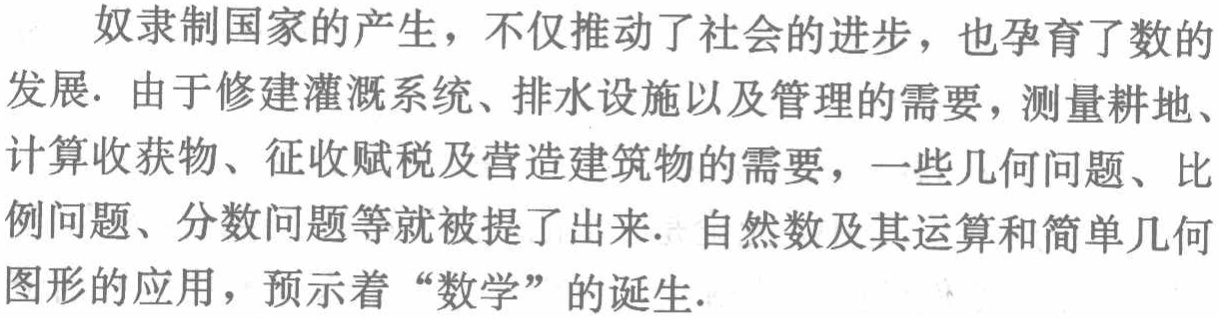
奴隶制国家的产生，不仅推动了社会的进步，也孕育了数的发展. 由于修建灌溉系统、排水设施以及管理的需要，测量耕地、计算收获物、征收赋税及营造建筑物的需要，一些几何问题、比例问题、分数问题等就被提了出来. 自然数及其运算和简单几何图形的应用，预示着“数学”的诞生.